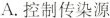
A. 控制传染源